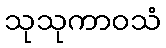
သုသုကာဝသံ